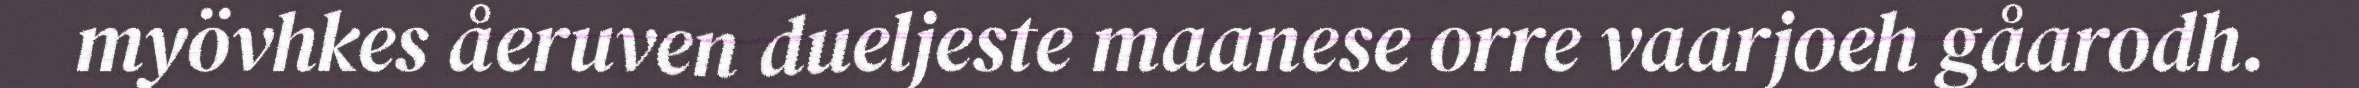
myövhkes åeruven dueljeste maanese orre vaarjoeh gåarodh.